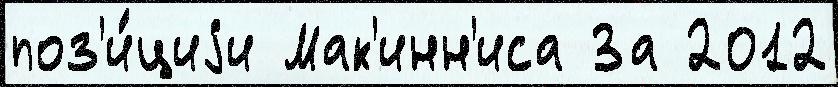
поз'и́циjи Мак'инн'иса За 2012